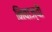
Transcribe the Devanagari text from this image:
निवाज्यौ